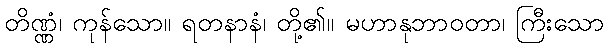
တိဏ္ဏံ၊ ကုန်သော။ ရတနာနံ၊ တို့၏။ မဟာနုဘာဝတာ၊ ကြီးသော